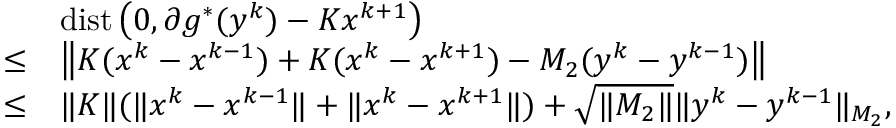
\begin{array} { r l } { } & { \mathrm { d i s t } \left( 0 , \partial g ^ { * } ( y ^ { k } ) - K x ^ { k + 1 } \right) } \\ { \leq } & { \left\| K ( x ^ { k } - x ^ { k - 1 } ) + K ( x ^ { k } - x ^ { k + 1 } ) - M _ { 2 } ( y ^ { k } - y ^ { k - 1 } ) \right\| } \\ { \leq } & { \| K \| ( \| x ^ { k } - x ^ { k - 1 } \| + \| x ^ { k } - x ^ { k + 1 } \| ) + \sqrt { \| M _ { 2 } \| } \| y ^ { k } - y ^ { k - 1 } \| _ { M _ { 2 } } , } \end{array}